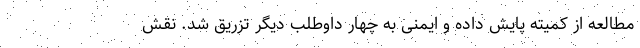
مطالعه از کمیته پایش داده و ایمنی به چهار داوطلب دیگر تزریق شد. نقش